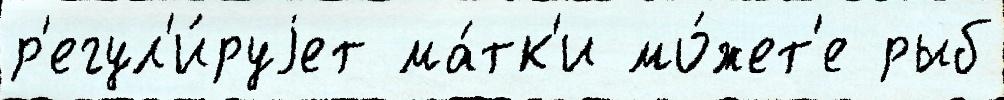
р'егул'и́руjет ма́тк'и мо́жет'е рыб